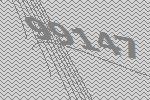
99147